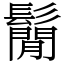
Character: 鬜